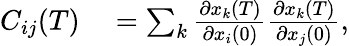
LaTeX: \begin{array}{rl}{C_{ij}(T)}&{{}=\sum_{k}\frac{\partial x_{k}(T)}{\partial x_{i}(0)}\frac{\partial x_{k}(T)}{\partial x_{j}(0)},}\end{array}